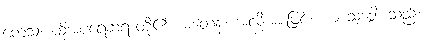
တေသံ၊ ထိုအပရေဆရာတို့၏။ မတေန၊ အလိုအားဖြင့်။ ယံ သဒ္ဒေါ၊ သည်။